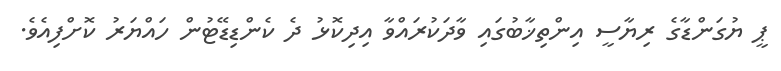
ޕީ ޔުގަންޑާގެ ރިޔާސީ އިންތިޚާބުގައި ވާދަކުރައްވާ އިދިކޮޅު ދެ ކެންޑިޑޭޓުން ހައްޔަރު ކޮށްފިއެވެ.